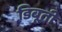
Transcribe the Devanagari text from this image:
डिबूती